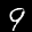
Label: 9